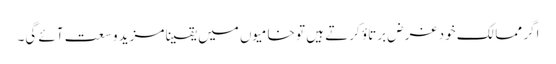
اگر ممالک خود غرض برتاؤ کرتے ہیں تو خامیوں میں یقینا مزید وسعت آئے گی۔